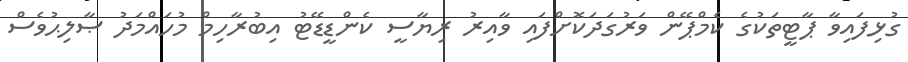
ގުޅިފައިވާ ޕާޓީތަކުގެ ކެމްޕޭން ވަރުގަދަކޮށްފައި ވާއިރު ރިޔާސީ ކެންޑީޑޭޓު އިބުރާހިމް މުހައްމަދު ޞާލިޙުވެސް